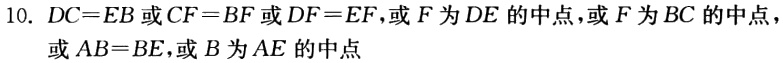
10. \(DC = EB\)或\(CF = BF\)或\(DF = EF\)，或\(F\)为\(DE\)的中点，或\(F\)为\(BC\)的中点，或\(AB = BE\)，或\(B\)为\(AE\)的中点